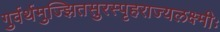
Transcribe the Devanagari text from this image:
गुर्वर्थमुज्झितसुरस्पृहराज्यलक्ष्मीः